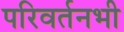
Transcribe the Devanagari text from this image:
परिवर्तनभी